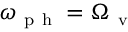
\omega _ { \mathrm { ~ p ~ h ~ } } = \Omega _ { \mathrm { ~ v ~ } }